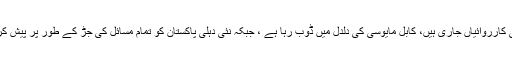
طالبان کی کارروائیاں جاری ہیں، کابل مایوسی کی دلدل میں ڈوب رہا ہے ، جبکہ نئی دہلی پاکستان کو تمام مسائل کی جڑ کے طور پر پیش کررہا ہے ۔